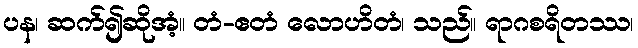
ပန၊ ဆက်၍ဆိုအံ့။ တံ-ဧတံ လောဟိတံ၊ သည်။ ရာဂစရိတဿ၊